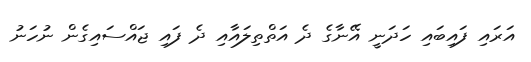
އަރައި ފައިބައި ހަދަނީ އޭނާގެ ދެ އަތްތިލައާއި ދެ ފައި ޖައްސައިގެން ނުހަނު